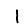
Digit: 1